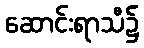
ဆောင်းရာသီ၌